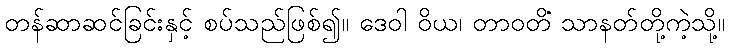
တန်ဆာဆင်ခြင်းနှင့် စပ်သည်ဖြစ်၍။ ဒေဝါ ဝိယ၊ တာဝတိံ သာနတ်တို့ကဲ့သို့။